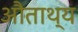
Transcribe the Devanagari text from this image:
औताथ्य